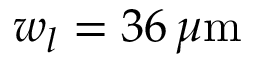
w _ { l } = 3 6 \, \mu \mathrm { m }